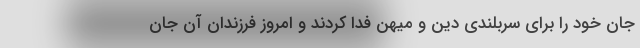
جان خود را برای سربلندی دین و میهن فدا کردند و امروز فرزندان آن جان